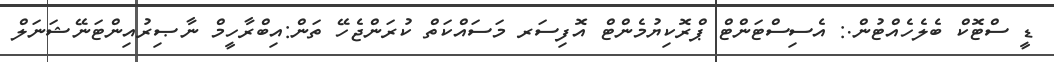
ޑީ ސްޓޮކް ބެލެހެއްޓުން.: އެސިސްޓަންޓް ޕްރޮކިޔުމެންޓް އޮފިސަރ މަސައްކަތް ކުރަންޖެހޭ ތަން:އިބްރާހީމް ނާޞިރުއިންޓަނޭޝަނަލް